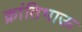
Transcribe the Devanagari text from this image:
क्रांतिभाऊ